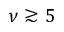
\nu \gtrsim 5